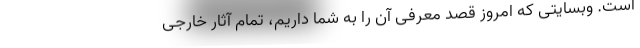
است. وبسایتی که امروز قصد معرفی آن را به شما داریم، تمام آثار خارجی